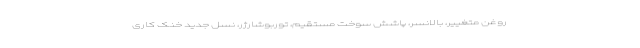
روغن متغییر، بالانسر، پاشش سوخت مستقیم، توربوشارژر، نسل جدید خنک کاری